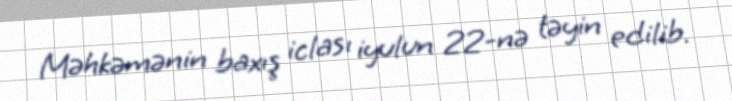
Məhkəmənin baxış iclası iyulun 22-nə təyin edilib.